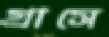
গ্রাসে